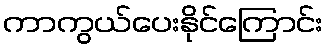
ကာကွယ်ပေးနိုင်ကြောင်း